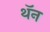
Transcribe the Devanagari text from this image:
थॅन